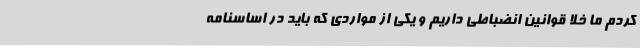
کردم ما خلا قوانین انضباطی داریم و یکی از مواردی که باید در اساسنامه